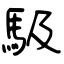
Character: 馺